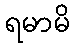
ရမာမိ